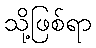
သို့ဖြစ်ရာ